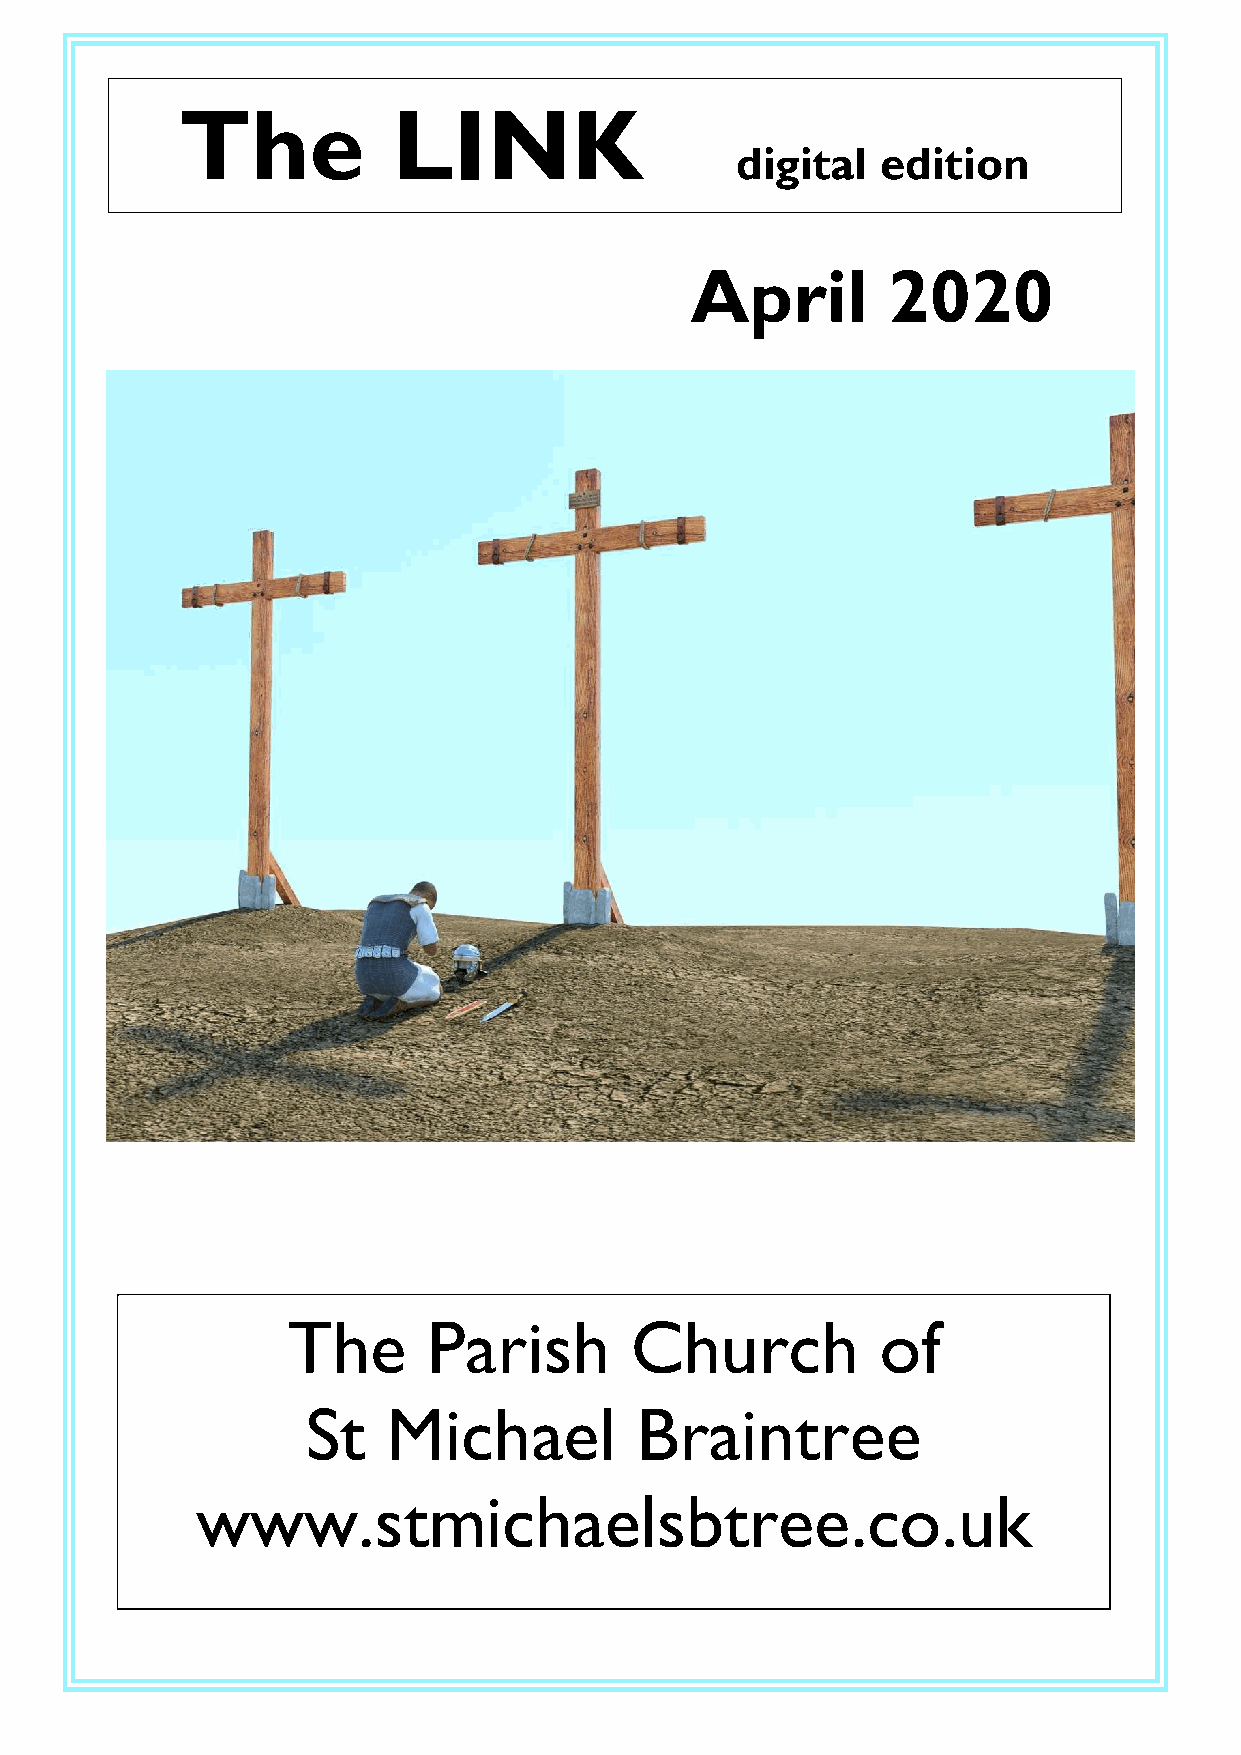
The           LINK
 119
 digital  edition
 April        2020
 The      Parish        Church          of
 St    Michael         Braintree
 www.stmichaelsbtree.co.uk